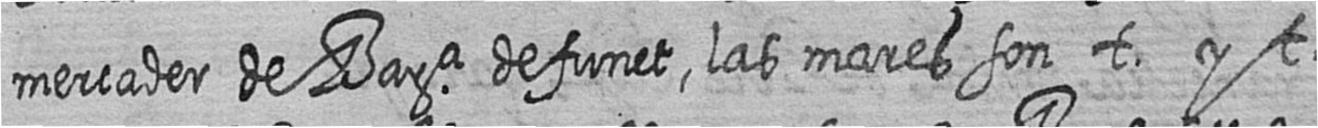
mercader de Bara defunct las mares son t y t